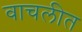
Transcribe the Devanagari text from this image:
वाचलीत